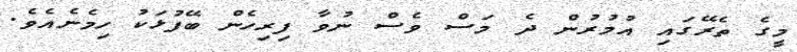
މީގެ ތެރޭގައި އުމުރުން ދެ މަސް ވެސް ނުވާ ފިރިހެން ބޭފުޅަކު ހިމެނެއެވެ.